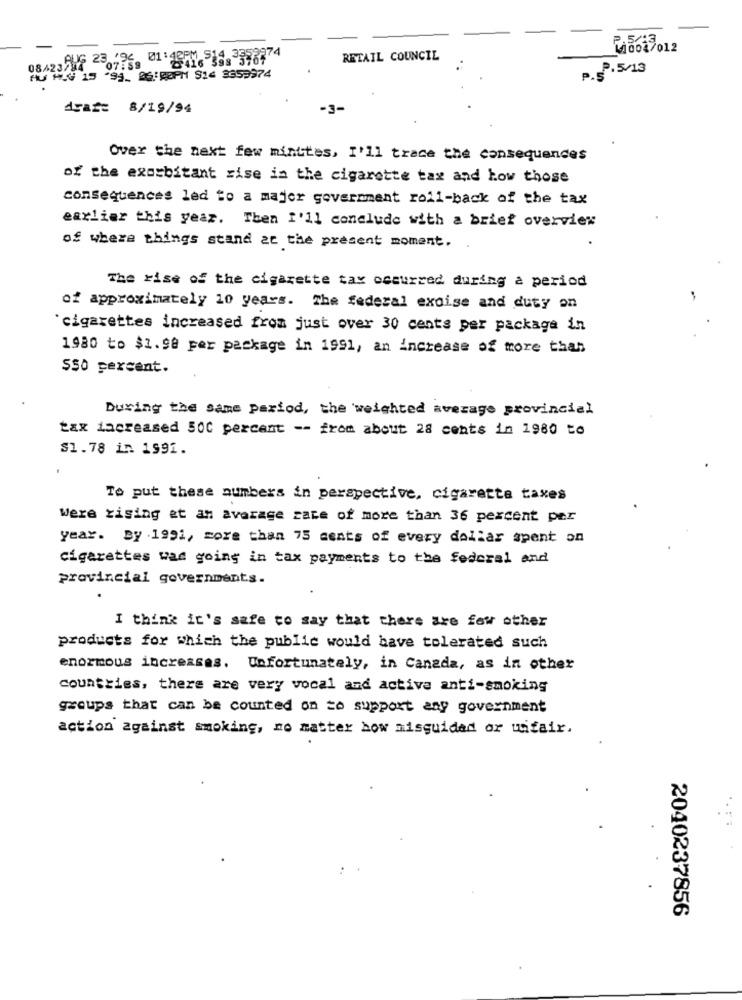
1004/012
08423784 -07:59 -2016 888 578774
RETAIL COUNCIL
P.5/13
HU HG 15 99_ @6:ROPM $24 3353974
P.S
draž= 8/19/94
Over the next few minutes, I'll trace the consequences
of the exorbitant rise in the cigarette tax and how those
consequences led to a major government roll-back of the tax
earlier this year. Then I'll conclude with a brief overview
of where things stand at the present moment. .
The rise of the cigarette tax occurred during a period
-
of approximately 10 years. The federal excise and duty on
`cigarettes increased from just over 30 cents per package in
1980 to $1.98 per package in 1991, an increase of more than
SS0 percent.
During the same period, the 'weighted average provincial
tax increased 500 percent -- from about 28 cents in 1980 to
$1.78 in 1991.
To put these numbers in perspective, cigarette taxes
Were rising at an average rate of more than 36 pexcent par
year. By . 1991, more than 75 cents of every dollar spent on
cigarettes wad going in tax payments to the federal and
provincial governments.
I think it's safe to say that there are few other
products for which the public would have tolerated such
enormous increases. Unfortunately, in Canada, as in other
countries, there are very vocal and active anti-smoking
groups that can be counted on to support any government
action against smoking, no matter how misguided or uifair.
2040237856